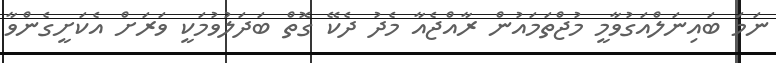
ނަމަ ބައިނަލްއަގުވާމީ މުޖްތަމައުން ރާއްޖެއާ މެދު ދެކޭ ގޮތް ބަދަލުވުމަކީ ވަރަށް އެކަށީގެންވާ